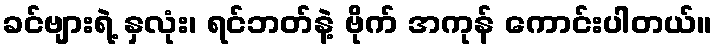
ခင်ဗျားရဲ့ နှလုံး၊ ရင်ဘတ်နဲ့ ဗိုက် အကုန် ကောင်းပါတယ်။